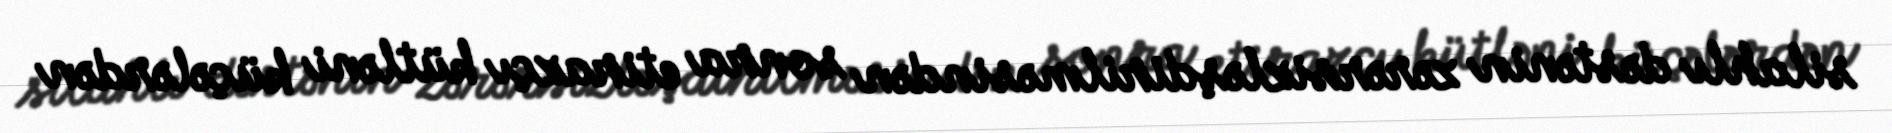
silahlı dəstənin zərərsizləşdirilməsindən sonra etirazçı kütləni küçələrdən